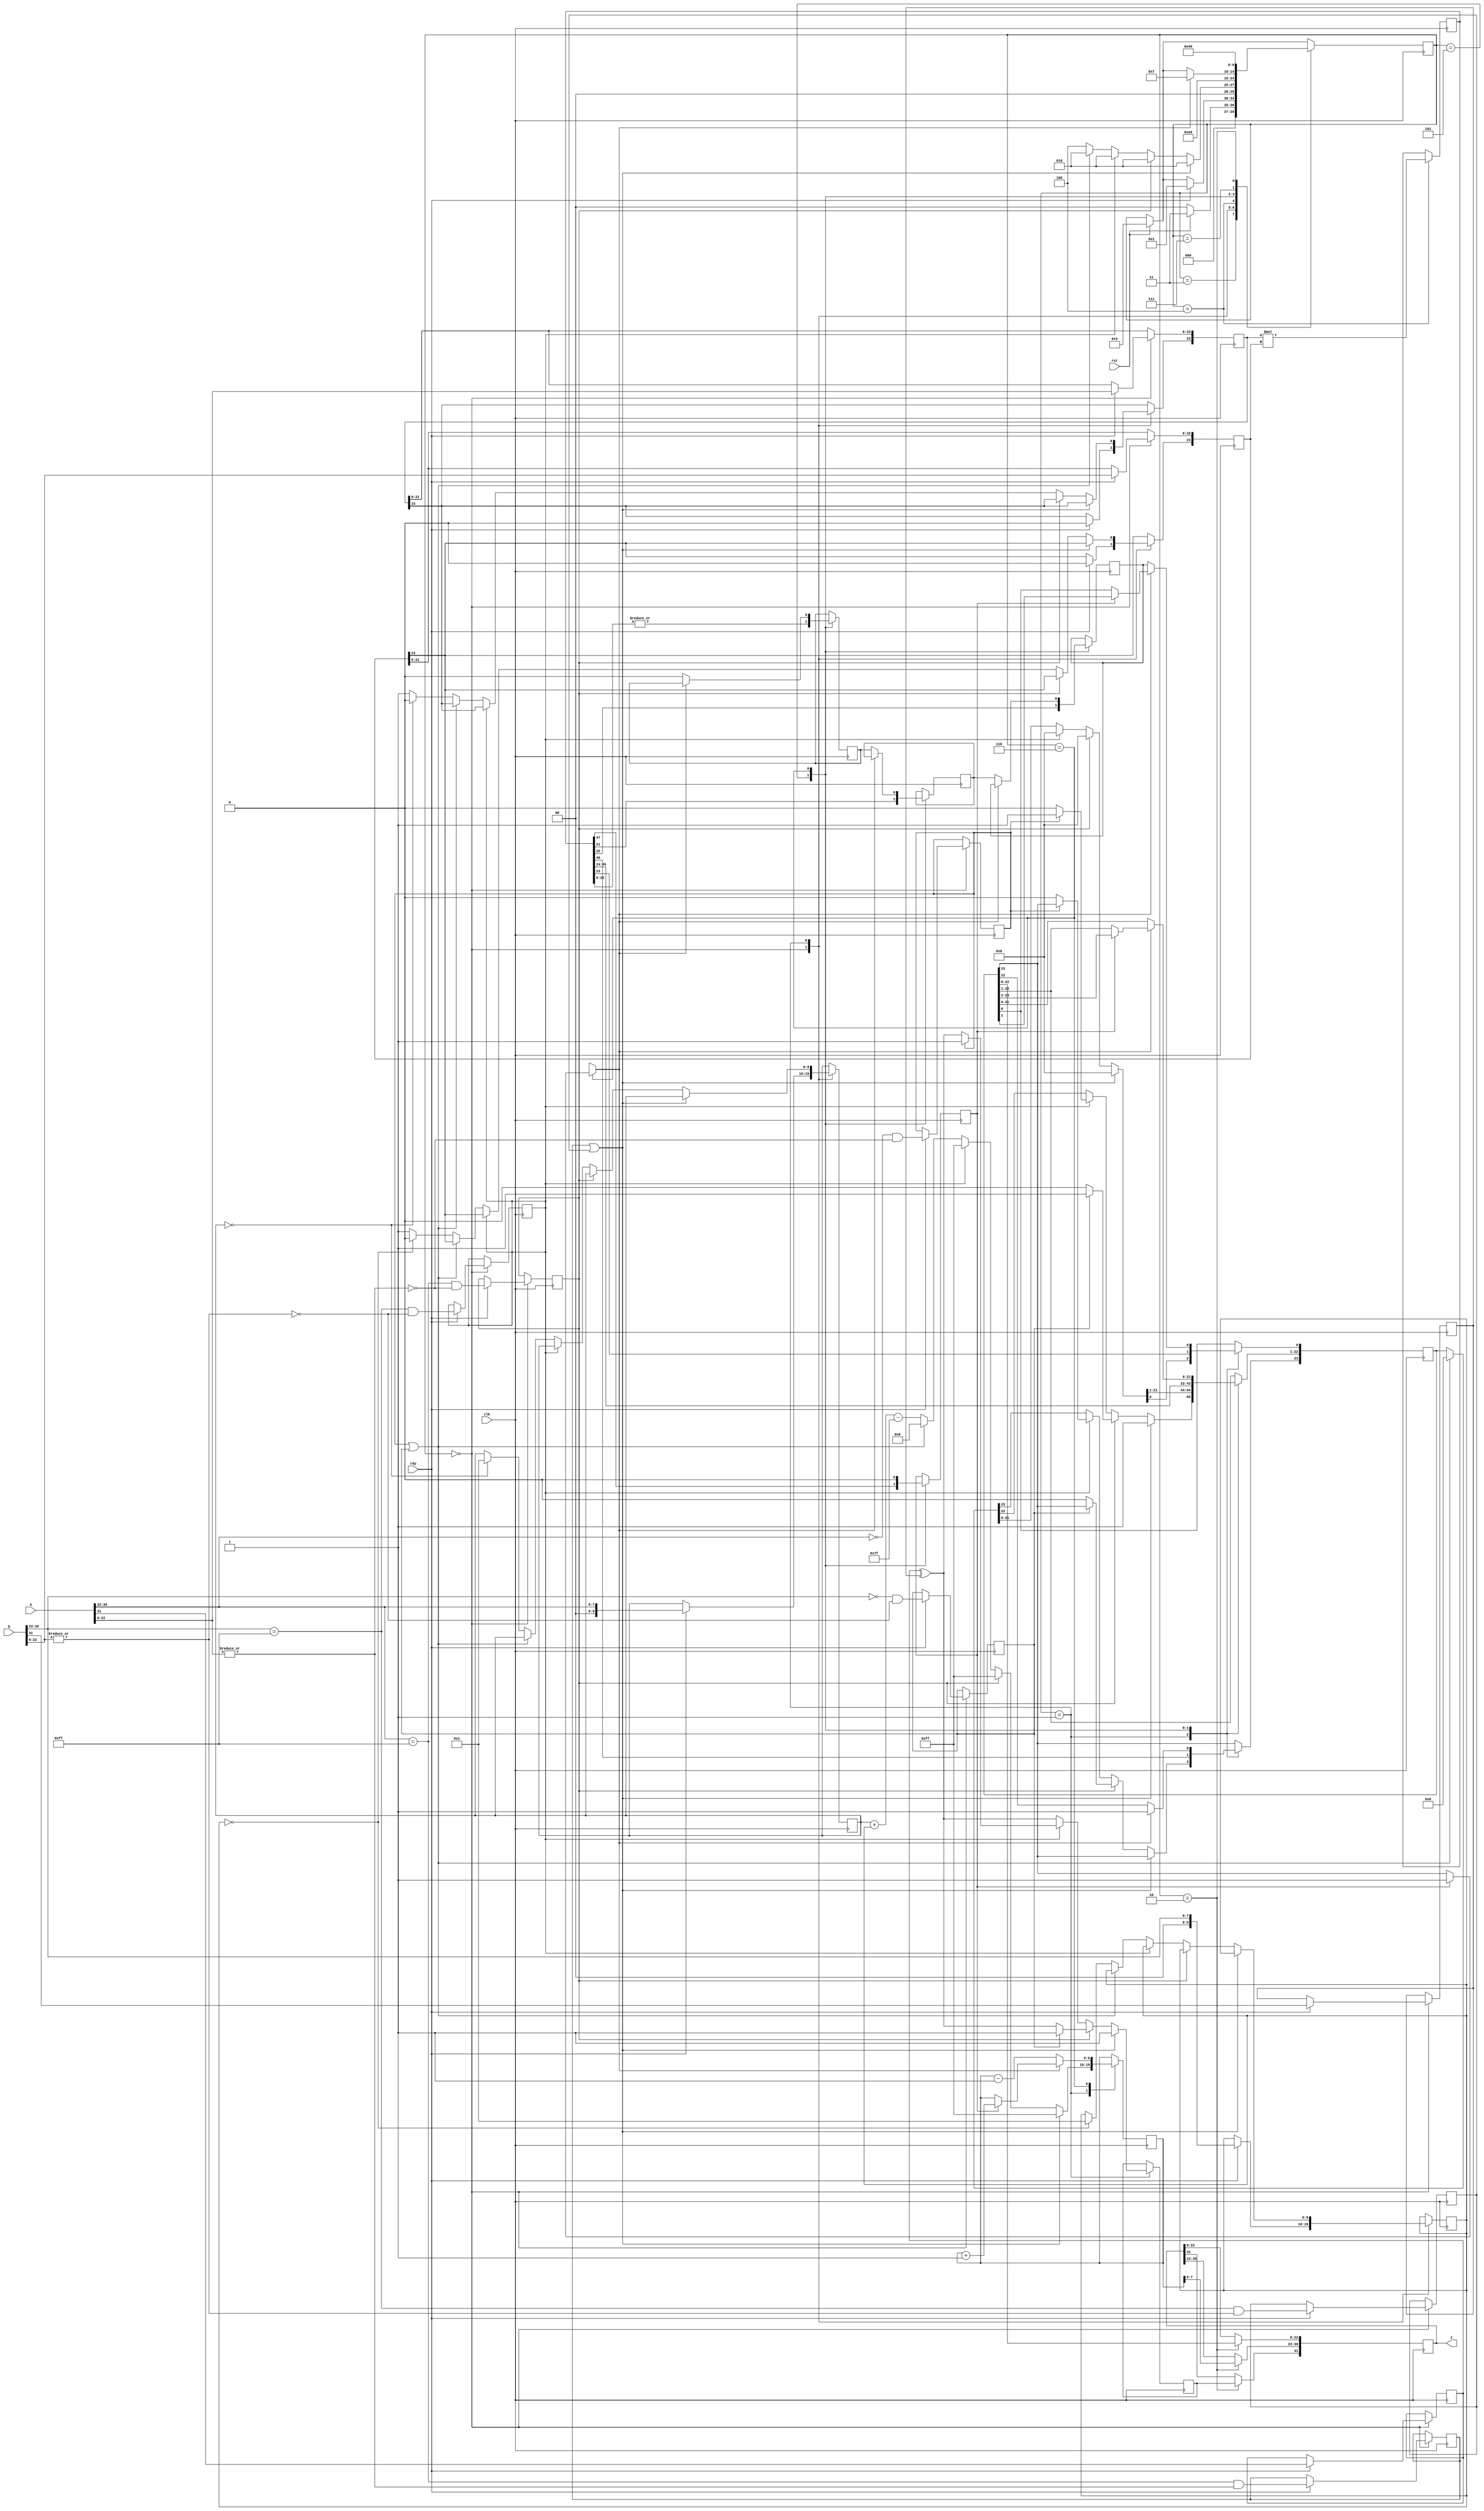
`timescale 1 ns / 100 ps

module fp_mul(
 clk,
 rst,
 a,
 b,
 rdy,              
 z);

   //input declarations
   input clk;
   input rst;

   input [31:0] a;
   input [31:0] b;
   input        rdy;
   
   

   //output declarations
   output [31:0] z;
   
   //reg declarations
   reg [23:0]   a_m, b_m, z_m;
   reg [9:0]    a_e,b_e,z_e;
   reg          a_s,b_s,z_s;
   reg [4:0]    fsm_state;
   reg [31:0]   reg_z;
   
   reg          a_nan, a_inf, a_zero;
   reg          b_nan, b_inf, b_zero;

   reg [47:0]   mant_mul_out;
   reg          guard,round,sticky;
   reg          add_to_exp;
   
   
   
   

   //wire declarations
   
   

   //param declarations
   parameter      unpack       = 4'h0,
                  exp_logic    = 4'h1,
                  pack         = 4'h2,
                  rst_hold     = 4'h3,
                  multiply     = 4'h4,
                  gen_grs_bits = 4'h5,
                  normalize    = 4'h6,
                  round_res    = 4'h7;
   
   
   
             
     
   
   
                
   
               
   

   always @(posedge clk)
      
     begin
        if(rst) begin
           //intial state
           fsm_state <= rst_hold;
        end

        case(fsm_state)

          rst_hold:
            begin
               if(rst)
                 begin
                    fsm_state <= rst_hold;
                 end else begin
                    fsm_state <= unpack;
                 end
            end
          
          
          unpack:
            begin
               if(rdy) begin
                  a_s <= a[31];
                  a_e <= a[30:23];
                  a_m <= a[22:0];

                  b_s <= b[31];
                  b_e <= b[30:23];
                  b_m <= b[22:0];
                  fsm_state <= exp_logic;


                  //do these in this stage so their values can be consumed in next
                  a_nan  <= ((a[30:23] == 255) &  (|a[22:0]));
                  a_inf  <= ((a[30:23] == 255) & !(|a[22:0]));
                  a_zero <= ((a[30:23] == 0)   & !(|a[22:0]));
               
                  b_nan  <= ((b[30:23] == 255) &  (|b[22:0]));
                  b_inf  <= ((b[30:23] == 255) & !(|b[22:0]));
                  b_zero <= ((b[30:23] == 0)   & !(|b[22:0]));

               //end else begin
               //   fsm_state <= unpack;
               end // else: !if(rdy)
               
               
            end //unpack
          exp_logic:
            begin
               //get these in previous pipe stage
               //a_nan  <= ((a_e == 255) &  (|a_m));
               //a_inf  <= ((a_e == 255) & !(|a_m));
               //a_zero <= ((a_e == 0) & !(|a_m));
               //
               //b_nan  <= ((b_e == 255) &  (|b_m));
               //b_inf  <= ((b_e == 255) & !(|b_m));
               //b_zero <= ((b_e == 0) & !(|b_m));

               if(a_nan | b_nan) begin //NaN * anything = NaN
                  z_s <= 1;
                  z_e <= 255;
                  z_m[22] <= 1;
                  z_m[21:0] <= 0;
                  fsm_state <= pack;
               end
               else if (a_inf) begin
                  if(b_zero) begin // inf * 0 = NaN
                     z_s <= 1;
                     z_e <= 255;
                     z_m[22] <= 1;
                     z_m[21:0] <= 0;
                     fsm_state <= pack;
                  end
                  else begin // inf * (normal or denormal) = inf
                     z_s <= a_s ^ b_s;
                     z_e <= 255;
                     z_m <= 0;
                     fsm_state <= pack;
                  end
               end
               else if (b_inf) begin
                  if(a_zero) begin //inf * 0 = NaN
                     z_s <= 1;
                     z_e <= 255;
                     z_m[22] <= 1;
                     z_m[21:0] <= 0;
                     fsm_state <= pack;
                  end
                  else begin // inf * (normal or denormal) = inf
                     z_s <= a_s ^ b_s;
                     z_e <= 255;
                     z_m <= 0;
                     fsm_state <= pack;
                  end
               end
               else if (a_zero | b_zero) begin //know neither is inf or nan so now if either is zero result will be zero
                  z_s = a_s ^ b_s;
                  z_e = 0;
                  z_m = 0;
                  fsm_state <= pack;
               end
               else begin // normal or denormal number
                  //deal with a
                  if(a_e == 0) begin
                     a_m[23] <= 0;
                     //is this right?
                     a_e <= 1;
                  end
                  else begin
                     a_m[23] <= 1;
                  end
                  //deal with b
                  if(b_e == 0) begin
                     b_m[23] <= 0;
                     //is this right?
                     b_e <= 1;
                  end
                  else begin
                     b_m[23] <= 1;
                  end
                  
                  z_s <= a_s ^ b_s;
                  z_e <= a_e + b_e - 127;
                  fsm_state <= multiply;
                  
                  
               end 

            end // case: exp_logic
          
             
          multiply:
            begin
               //fix this
               mant_mul_out <= ((a_m * b_m)) ;
               fsm_state    <= gen_grs_bits;
            end // multiply
          
          gen_grs_bits:
            begin
               //why 46 and not 47?
               z_m <= mant_mul_out[46:23];
               guard <= mant_mul_out[22];
               round <= mant_mul_out[21];
               sticky <= |mant_mul_out[20:0];
               add_to_exp <= mant_mul_out[47];
               fsm_state <= normalize;
            end // gen_grs_bits
          
          normalize:
            begin
               
               if(add_to_exp) begin
                  z_e <= z_e + 1;
                  add_to_exp <= 0;
                  z_m <= z_m >> 1;
                  z_m[23] = 1;
                  
               end
               
               if(z_m[23] == 0) begin
                  z_e <= z_e - 1;
                  z_m <= z_m << 1;
                  z_m[0] <= guard;
                  guard  <= round;
                  //is this supposed to be 0 or sticky?
                  round  <= sticky;
                  sticky <= 0;
               end               
               else begin
                  fsm_state <= round_res;
               end
            end // case: normalize

          round_res:
            begin
               fsm_state <= pack;
            end
          
               

          pack:
            begin
               reg_z[31] <= z_s;
               reg_z[30:23] <= z_e[7:0];
               reg_z[22:0] <= z_m[22:0]; 
               fsm_state <= unpack;               
            end //pack
          
          
         
        endcase // case (fsm_state)

        
        
     end // always @(posedge clk)

   assign z = reg_z;
   

endmodule // fp_mul